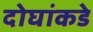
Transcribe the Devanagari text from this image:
दोघांकडे